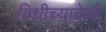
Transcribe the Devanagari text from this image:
विधीच्यावेळी